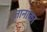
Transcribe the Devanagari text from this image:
तानाका